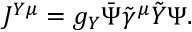
J ^ { Y \mu } = g _ { Y } \Bar { \Psi } \Tilde { \gamma } ^ { \mu } \Tilde { Y } \Psi .